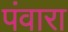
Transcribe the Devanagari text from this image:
पंवारा